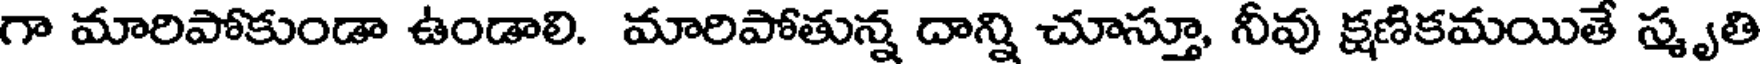
గా మారిపోకుండా ఉండాలి. మారిపోతున్న దాన్ని చూస్తూ, నీవు క్షణికమయితే స్మృతి